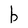
Character: b